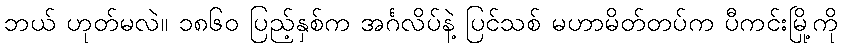
ဘယ် ဟုတ်မလဲ။ ၁၈၆၀ ပြည့်နှစ်က အင်္ဂလိပ်နဲ့ ပြင်သစ် မဟာမိတ်တပ်က ပီကင်းမြို့ကို